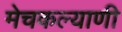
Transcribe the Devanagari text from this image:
मेचकल्याणी